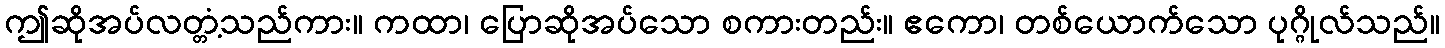
ဤဆိုအပ်လတ္တံ့သည်ကား။ ကထာ၊ ပြောဆိုအပ်သော စကားတည်း။ ဧကော၊ တစ်ယောက်သော ပုဂ္ဂိုလ်သည်။